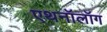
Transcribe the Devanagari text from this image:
एथनॉलॉग